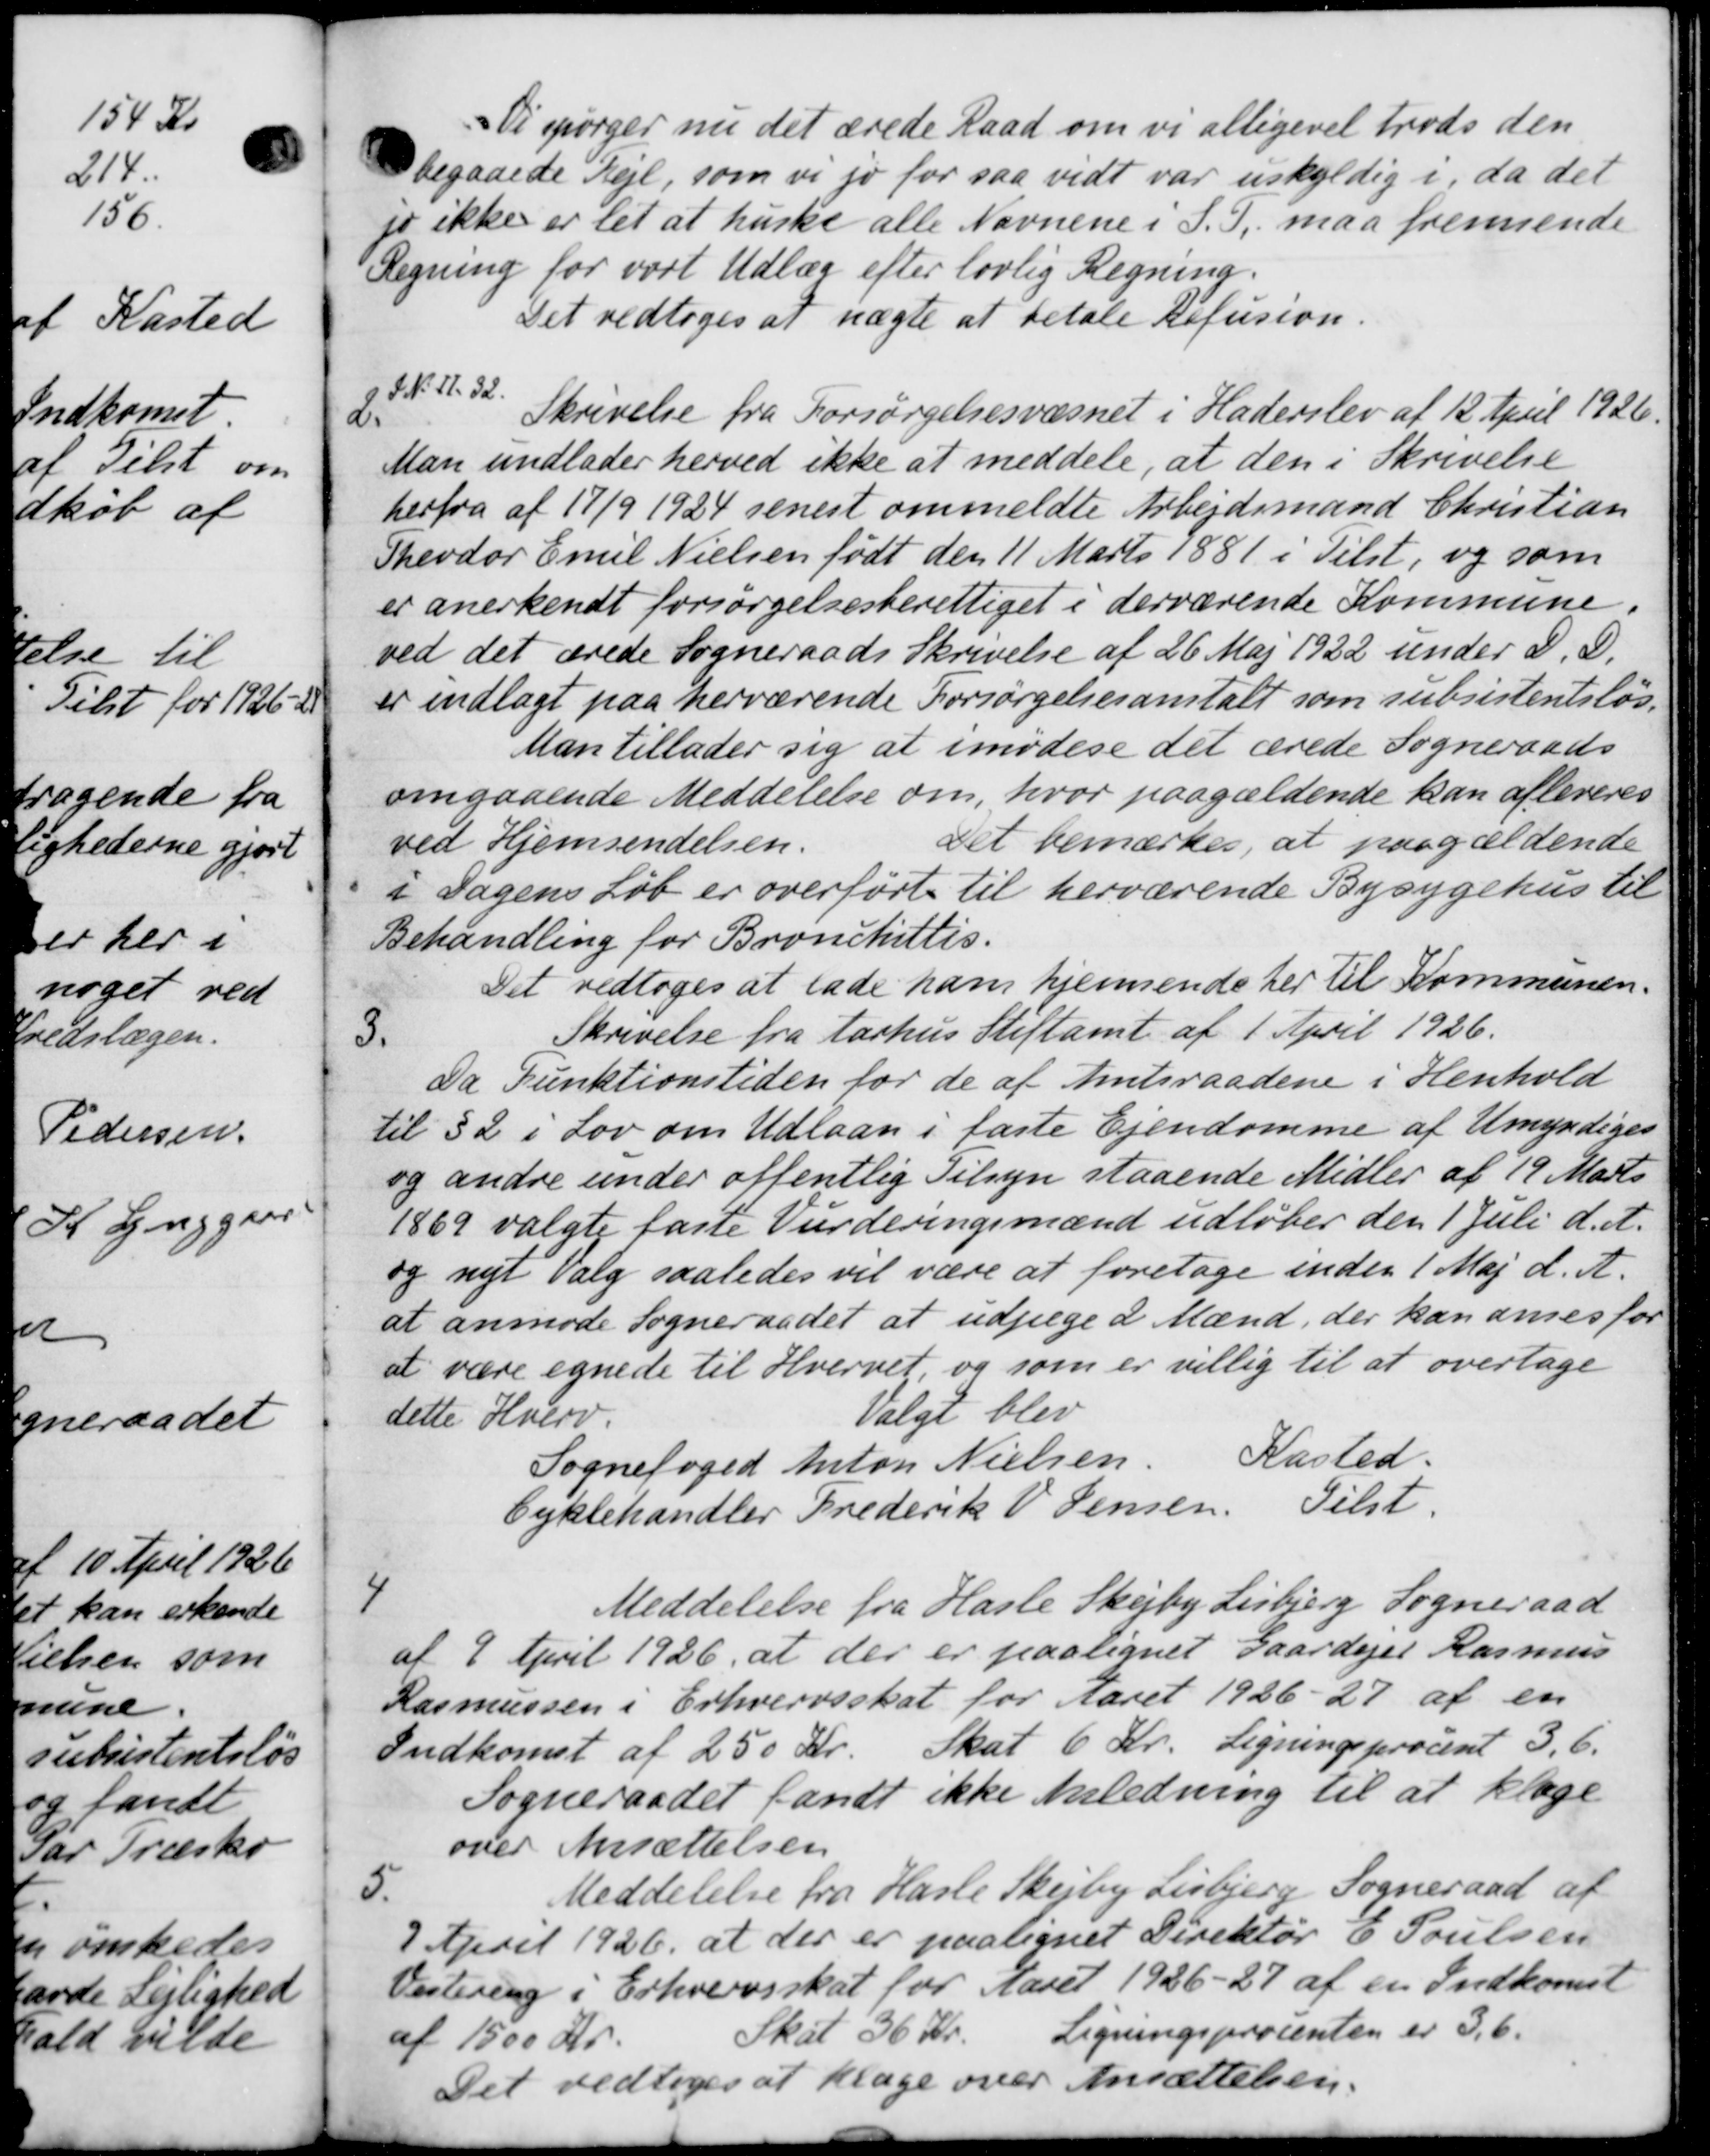
Transskription:
Vi spørger nu det ærede Raad om vi allegivet trods den
begaaede Kejl, som vi jo for saa vidt var uskyldig i, da det
jo ikke er let at huske alle Navnene i S. S. maa fremsende
Regning for vort Udlæg efter lovlig Regning.
Det vedtoges at nægte at betale Refusion

g F. N. 11. 32.
Skrivelse fra Forsørgelsesvæsnet i Haderslev af 12 April 1926.
Man undlader herved ikke at meddele, at den i Skrivelse
herfra af 17/9 1924 senest ommeldte Arbejdsmand Christian
Theodor Emil Nielsen født den 11 Marts 1881 i Tilst, og som
er anerkendt forsørgelsesberettiget i derværende Kommune.
ved det ærede Sogneraads Skrivelse af 26 Maj 1922 under D. D.
er indlagt paa herværende Forsørgelsesanstalt som subsistentsløs.
Man tillader sig at imødese det ærede Sogneraads
omgaaende Meddelelse om, hvor paagældende kan afleveres
ved Hjemsendelsen.
Det bemærkes, at paagældende
i Sagens Løb er overført til herværende Bysygehus til
Behandling for Bronchittis.
Det vedtoges at lade ham hjemmende her til Kommunen.
3.
Skrivelse fra Aarhus Stiftamt af 1 April 1926.
Da Funktionstiden for de af Amtsraadene i Henhold
til §2 i Lov om Udlaan i faste Ejendomme af Umyndiges
og andre under offentlig Tilsyn staaende Midler af 19 Marts
1869 valgte faste Vurderingsmænd udløber den 1 Juli d. A.
og nyt Valg saaledes vil være at foretage inden 1 Maj d. A.
at anmode Sogneraadet at udpege 2 Mænd, der kan anses for
at være egnede til Hvervet og som er villig til at overtage
dette Hverv.
Valgt blev
Sognefoged Anton Nielsen. Kasted.
Cyklehandler Frederik V. Jensen. Tilst.
4
Meddelelse fra Hasle Skejby Lisbjerg Sogneraad
af 9 April 1926, at der er paalignet Gaardejer Rasmus
Rasmussen i Erhvervsskat for Aaret 1926-27 af en
Indkomst af 250 Kr. Skat 6 Kr. Ligningsprocent 3,6
Sogneraadet fandt ikke Anledning til at klage
over Ansættelsen
5.
Meddelelse fra Hasle Skejby Lisbjerg Sogneraad af
7 April 1926 at der er paalignet Direktør E. Poulsen
Vestering i Erhvervsskat for Aaret 1926-27 af en Indkomst
af 1500 Kr. Skat 36 kr. Ligningsprocenten er 3,6
Det vedtoges at klage over Ansættelsen.